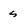
Character: s